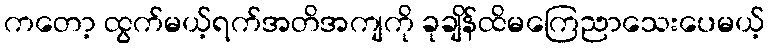
ကတော့ ထွက်မယ့်ရက်အတိအကျကို ခုချိန်ထိမကြေညာသေးပေမယ့်